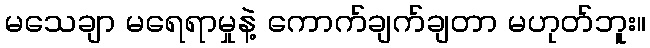
မသေချာ မရေရာမှုနဲ့ ကောက်ချက်ချတာ မဟုတ်ဘူး။